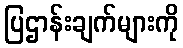
ပြဌာန်းချက်များကို